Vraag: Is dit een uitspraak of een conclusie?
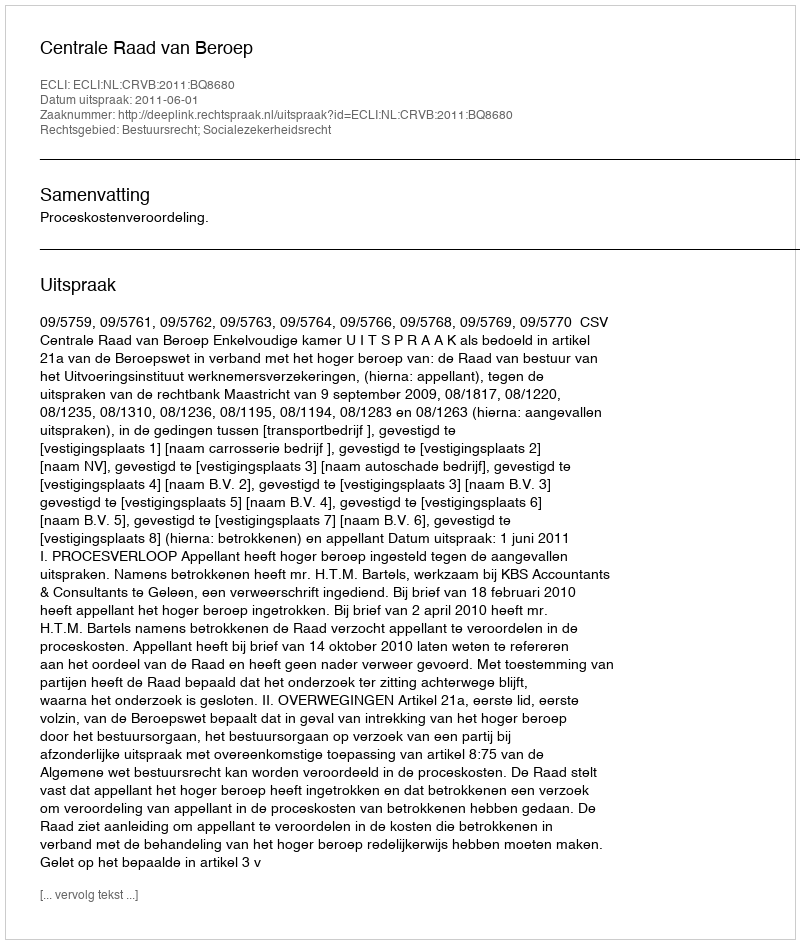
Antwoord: Uitspraak